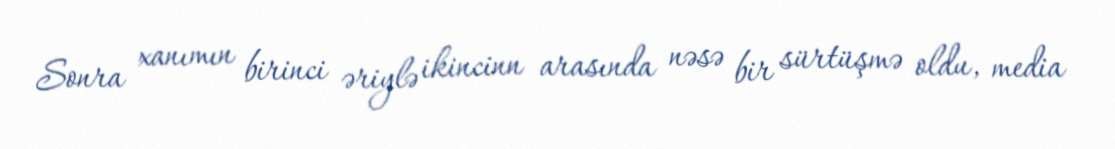
Sonra xanımın birinci əriylə ikincinn arasında nəsə bir sürtüşmə oldu, media